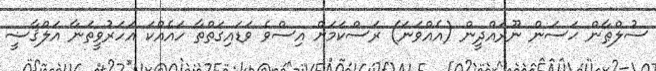
ސުލްޠާން ޙަސަން ނޫރައްދީން (އެއްވަނަ) ރަސްކަމަށް އިސްވެ ވަޑައިގަތްތާ ހައެއްކަ އަހަރުވީތަނާ އަލްޤާޟީ